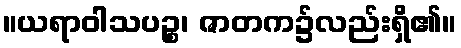
။ယရာဝါသပဉ္စ၊ ဇာတက၌လည်းရှိ၏။